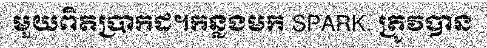
មួយពិតប្រាកដ។កន្លងមក SPARK. ត្រូវបាន